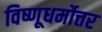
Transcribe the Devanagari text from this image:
विष्णूधर्मोत्तर